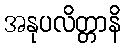
အနုပလိတ္တာနိ